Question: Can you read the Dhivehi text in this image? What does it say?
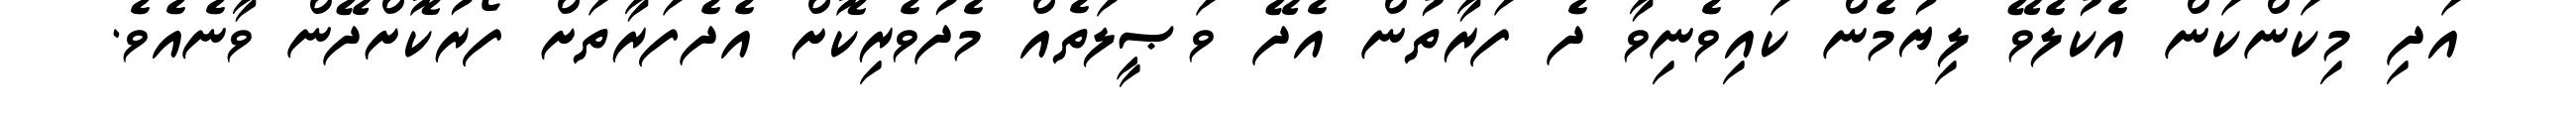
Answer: އަދި މިކަންކަން އެކުލެވޭ ލިޔުމެން ކައިވެނިވާ ދެ ފަރާތުން އެދޭ ވަޞީލަތެއް މެދުވެރިކޮށް އެދެފަރާތަށް ފޯރުކޮށްދޭން ވާނެއެވެ.